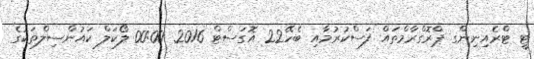
ޓީ ޓްރެއިނިންގ ޕްރޮގްރާމްތައް ފަސްކުރުމާއި ބެހޭ22 އޮގަސްޓް 2016